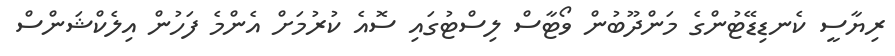
ރިޔާސީ ކެނޑިޑޭޓުންގެ މަންދޫބުން ވޯޓާސް ލިސްޓުގައި ސޮއެ ކުރުމަށް އެންމެ ފަހުން އިލެކްޝަންސް